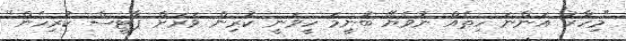
"މިހާރު އަންނަ ހިތެއް ނުވެޔޭ ބުނީމަ ހީވަނީ ކުރިން ވަރަށް ޕާޓީސް ކުރިހެން"